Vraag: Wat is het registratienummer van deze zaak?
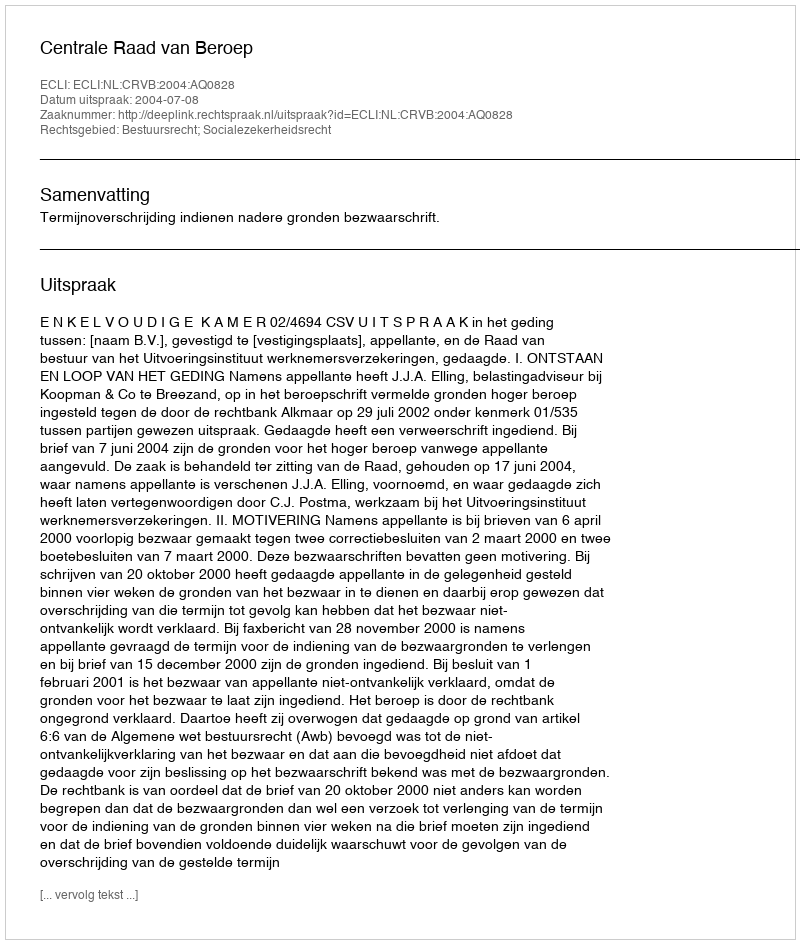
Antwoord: http://deeplink.rechtspraak.nl/uitspraak?id=ECLI:NL:CRVB:2004:AQ0828